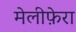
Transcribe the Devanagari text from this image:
मेलीफ़ेरा